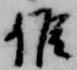
候